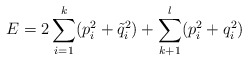
\begin{align*}E = 2\sum_{i=1}^k (p_i^2+\tilde q^2_i) +\sum_{k+1}^l (p_i^2+q_i^2)\end{align*}